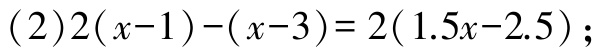
(2)\(2(x - 1)-(x - 3)=2(1.5x - 2.5)\);